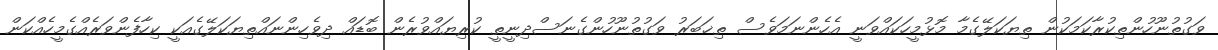
ވަގުތުނޫހުންތިކުރާކަމަކުން ތިޔަކަލޭގެމާ މޮޅުމީހަކައްވަނީ އެހެންނަމަވެސް ތިޚަބަރު ވަގުތުނޫހުންގެނަސްދިނީތީ ކުރިޔައްވުރެން ބޮޑައް ދިވެހިންނައްތިޔަކަލޭގެއަކީ ކިހާފެންވަރެއްގެމީހެއްކަން